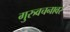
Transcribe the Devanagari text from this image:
गुरुवचनावर